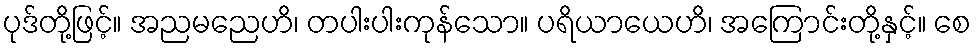
ပုဒ်တို့ဖြင့်။ အညမညေဟိ၊ တပါးပါးကုန်သော။ ပရိယာယေဟိ၊ အကြောင်းတို့နှင့်။ စေ